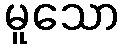
မူသော